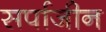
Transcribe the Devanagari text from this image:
सर्पाजीन